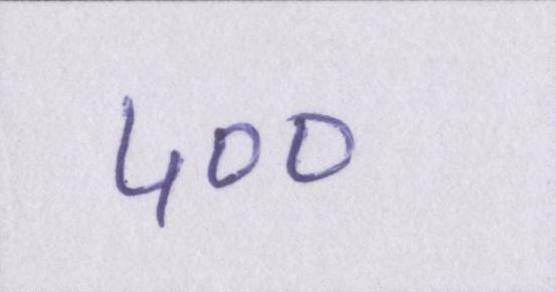
५००